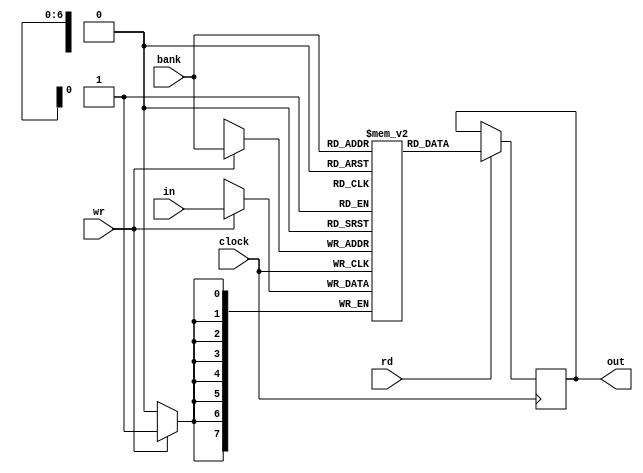
// 

// clk:  
// bank: 
// rd:   
// outX: X
module omem(input        clock,
	    input [6:0]  bank,
	    input 	 rd,
	    input 	 wr,
	    input [7:0]  in,
	    output [7:0] out);

   reg [7:0] 		 memblock[0:127];
   reg [7:0] 		 tmp_out;
   always @ ( posedge clock ) begin
      if ( wr ) begin
	 memblock[bank] <= in;
      end
      if ( rd ) begin
	 tmp_out <= memblock[bank];
      end
   end

   assign out = tmp_out;
endmodule